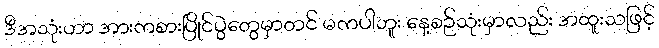
ဒီအသုံးဟာ အားကစားပြိုင်ပွဲတွေမှာတင် မကပါဘူး နေ့စဉ်သုံးမှာလည်း အထူးသဖြင့်